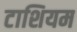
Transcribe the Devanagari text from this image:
टाशियम